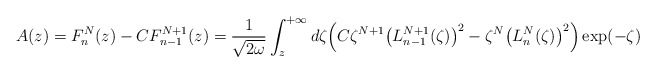
\begin{gather*} A(z) = F_{n}^{N}(z)-CF_{n-1}^{N+1}(z) = \frac{1}{\sqrt{2\omega }}\int_{z}^{+\infty }d\zeta \Big( C\zeta ^{N+1}\big( L_{n-1}^{N+1}(\zeta) \big) ^{2}-\zeta ^{N}\big( L_{n}^{N}(\zeta) \big) ^{2}\Big) \exp ( -\zeta )\end{gather*}